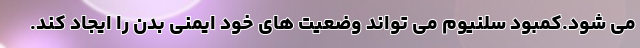
می شود.کمبود سلنیوم می تواند وضعیت های خود ایمنی بدن را ایجاد کند.